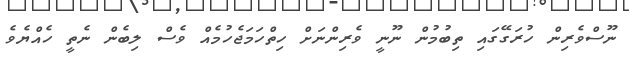
ނޫސްވެރިން ހުރަގޭގައި ތިބުމުން ނޫނީ ވެރިންނަށް ހިތްހަމަޖެހުމެއް ވެސް ލިބެން ނެތީ ހެއްޔެވެ